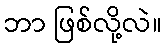
ဘာ ဖြစ်လို့လဲ။